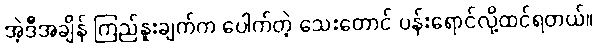
အဲ့ဒီအချိန် ကြည်နူးချက်က ပေါက်တဲ့ သေးတောင် ပန်းရောင်လို့ထင်ရတယ်။